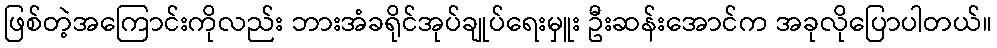
ဖြစ်တဲ့အကြောင်းကိုလည်း ဘားအံခရိုင်အုပ်ချုပ်ရေးမှူး ဦးဆန်းအောင်က အခုလိုပြောပါတယ်။